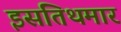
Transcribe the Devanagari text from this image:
इसतिथमार